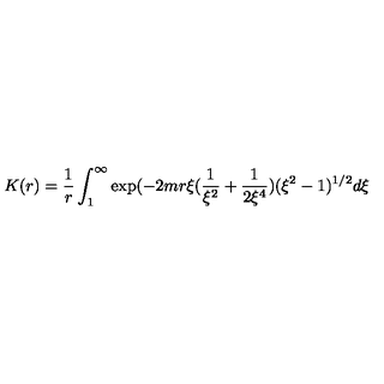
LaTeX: K ( r ) = \frac { 1 } { r } \int _ { 1 } ^ { \infty } \exp ( - 2 m r \xi ( \frac { 1 } { \xi ^ { 2 } } + \frac { 1 } { 2 \xi ^ { 4 } } ) ( \xi ^ { 2 } - 1 ) ^ { 1 / 2 } d \xi